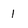
Character: I